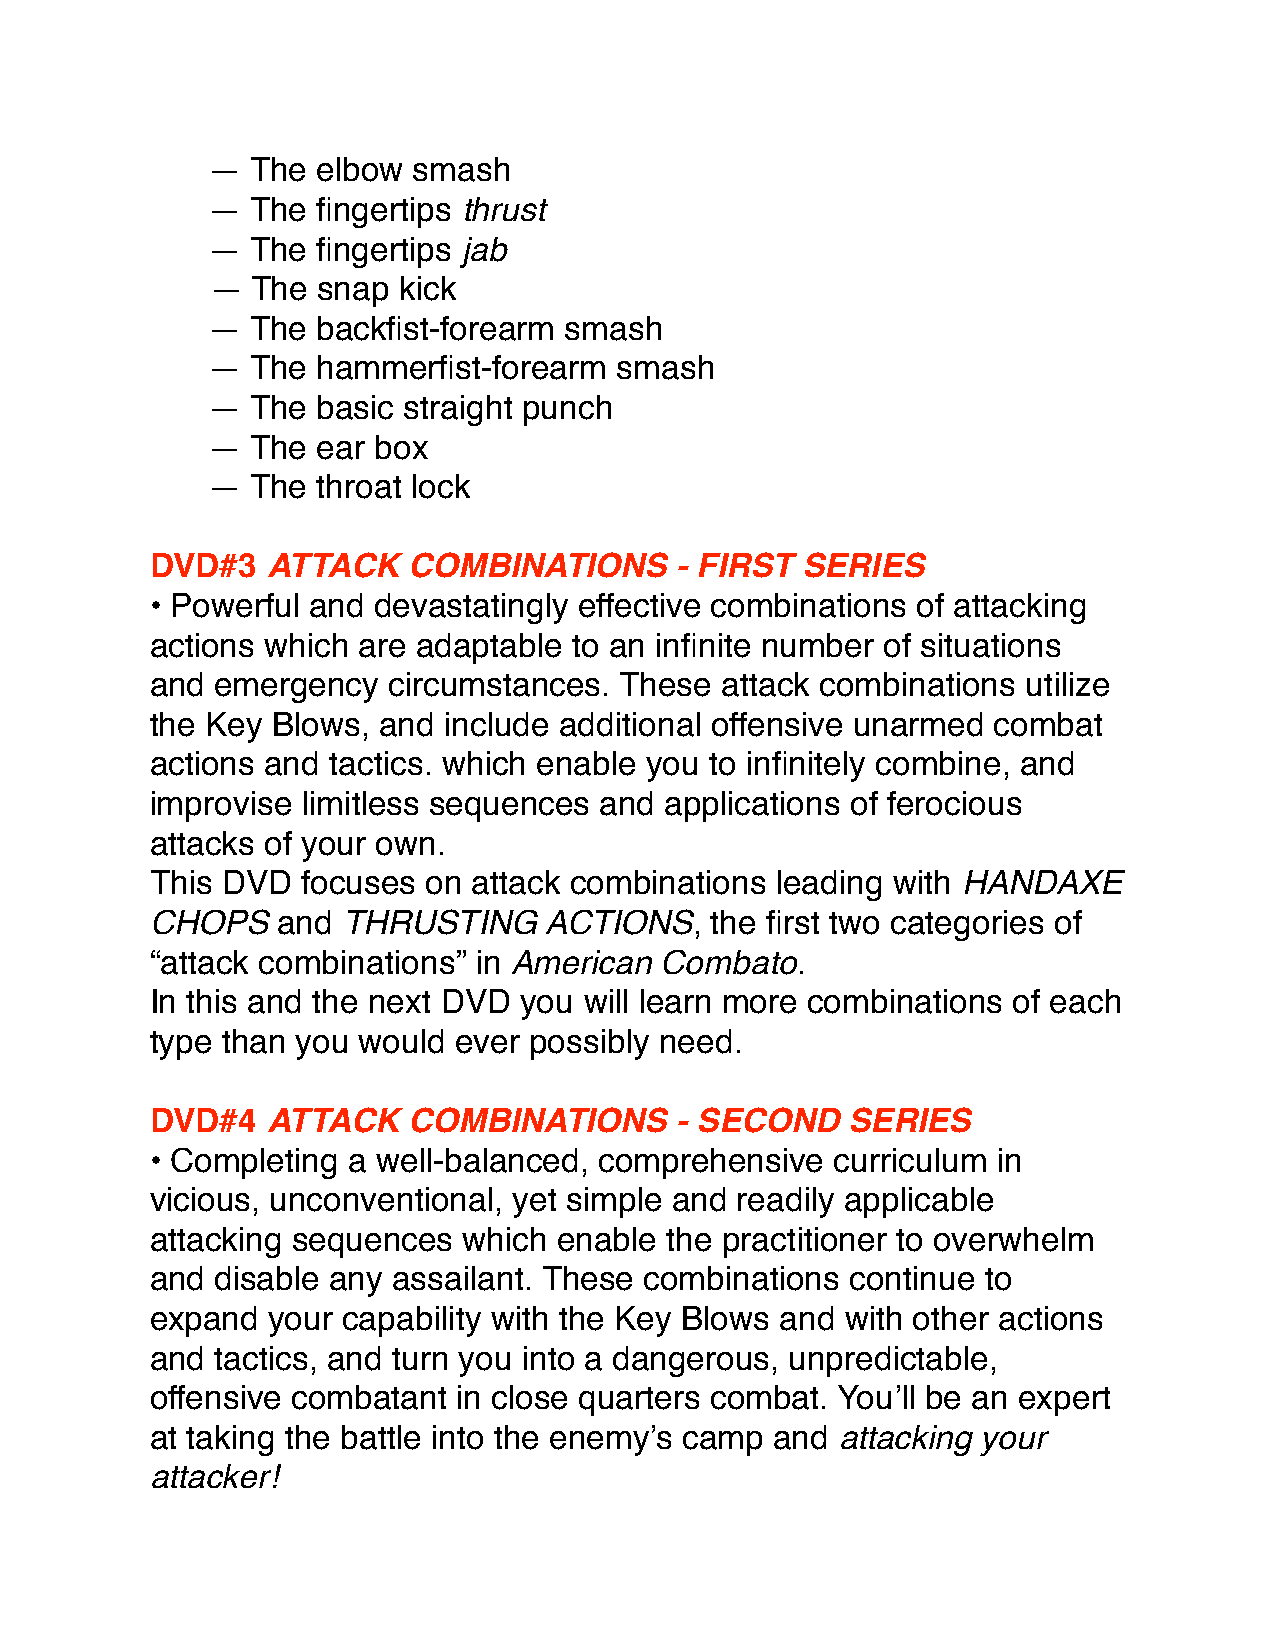
—  The elbow smash
 —  The fingertips thrust
 —  The fingertips jab
 —  The snap kick
 —  The backfist-forearm smash
 —  The hammerfist-forearm  smash
 —  The basic straight punch
 —  The ear box
 —  The throat lock
 DVD#3   ATTACK   COMBINATIONS      - FIRST SERIES
 • Powerful and devastatingly effective combinations of attacking
 actions which are adaptable to an infinite number of situations
 and emergency   circumstances. These  attack combinations utilize
 the Key Blows, and include additional offensive unarmed combat
 actions and tactics. which enable you to infinitely combine, and
 improvise limitless sequences and applications of ferocious
 attacks of your own.
 This DVD  focuses on attack combinations leading with HANDAXE
 CHOPS   and  THRUSTING    ACTIONS,   the first two categories of
 “attack combinations” in American Combato.
 In this and the next DVD you will learn more combinations of each
 type than you would ever possibly need.
 DVD#4   ATTACK   COMBINATIONS      - SECOND   SERIES
 • Completing a well-balanced, comprehensive  curriculum in
 vicious, unconventional, yet simple and readily applicable
 attacking sequences  which enable the practitioner to overwhelm
 and disable any assailant. These combinations continue to
 expand  your capability with the Key Blows and with other actions
 and tactics, and turn you into a dangerous, unpredictable,
 offensive combatant in close quarters combat. You’ll be an expert
 at taking the battle into the enemy’s camp and attacking your
 attacker!